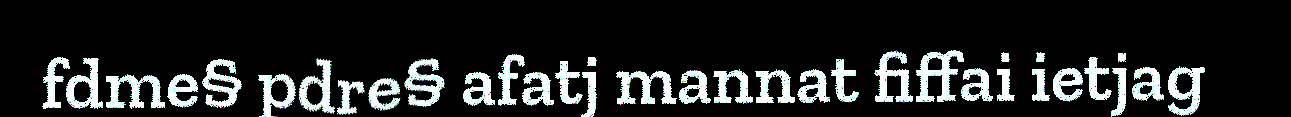
fdme§ pdre§ afatj mannat fiffai ietjag